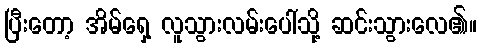
ပြီးတော့ အိမ်ရှေ့ လူသွားလမ်းပေါ်သို့ ဆင်းသွားလေ၏။